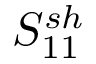
S _ { 1 1 } ^ { s h }